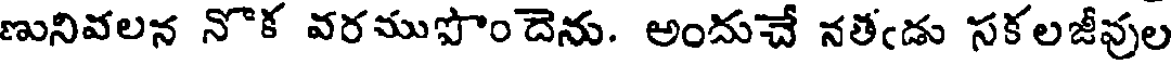
ణునివలన నొక వరముపొందెను. అందుచే నతఁడు సకలజీవుల